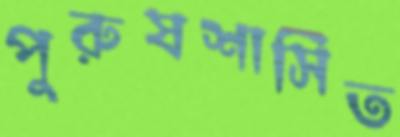
পুরুষশাসিত